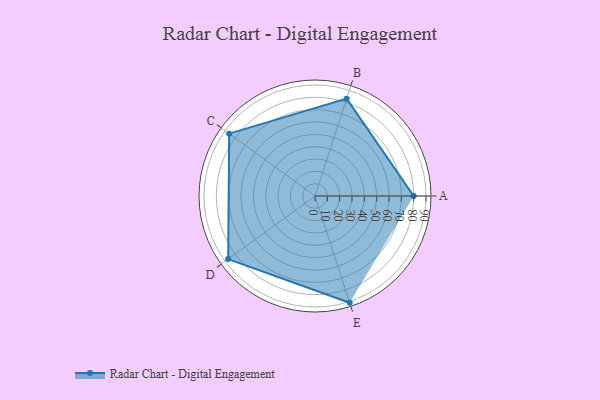
{"axis": {"x": "Skill", "y": "Score"}, "legend": ["Profile"], "data": [{"x": "A", "y": 80.0, "type": "Profile"}, {"x": "B", "y": 83.0, "type": "Profile"}, {"x": "C", "y": 86.0, "type": "Profile"}, {"x": "D", "y": 87.0, "type": "Profile"}, {"x": "E", "y": 91.0, "type": "Profile"}]}